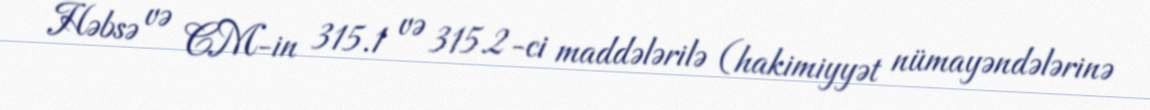
Həbsə və CM-in 315.1 və 315.2-ci maddələrilə (hakimiyyət nümayəndələrinə